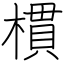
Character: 樌